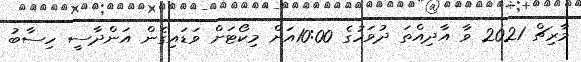
މާރިޗް 2021 ވާ އާދިއްތަ ދުވަހުގެ 10:00އަށް މިކޯޓަށް ވަޑައިގެން އަންދާސީ ހިސާބު